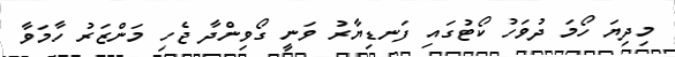
މިދިޔަ ހޯމަ ދުވަހު ކޯޓުގައި ފަނޑިޔާރު ވަނީ ގޯވިންދާ ޖެހި މަންޒަރު ހާމަވާ